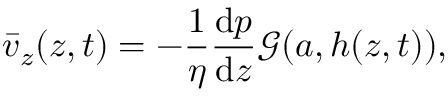
\bar { v } _ { z } ( z , t ) = - \frac { 1 } { \eta } \frac { \mathrm { d } p } { \mathrm { d } z } \mathcal { G } ( a , h ( z , t ) ) ,